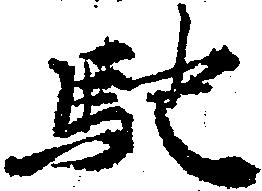
馳